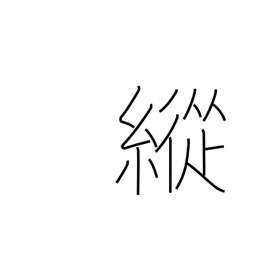
Meaning: indulge in